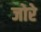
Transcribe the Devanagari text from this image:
जोरे